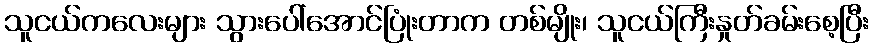
သူငယ်ကလေးများ သွားပေါ်အောင်ပြုံးတာက တစ်မျိုး၊ သူငယ်ကြီးနှုတ်ခမ်းစေ့ပြီး